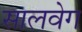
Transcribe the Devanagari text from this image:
सालवेग